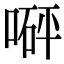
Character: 𠹶